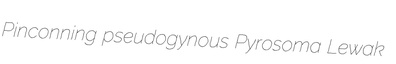
Pinconning pseudogynous Pyrosoma Lewak